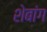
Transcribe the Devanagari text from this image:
शेबांग